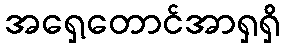
အရှေ့တောင်အာရှရှိ